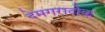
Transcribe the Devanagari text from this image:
देमगरादोक